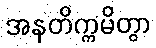
အနတိက္ကမိတွာ